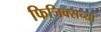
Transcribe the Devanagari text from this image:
फिजिक्सच्या